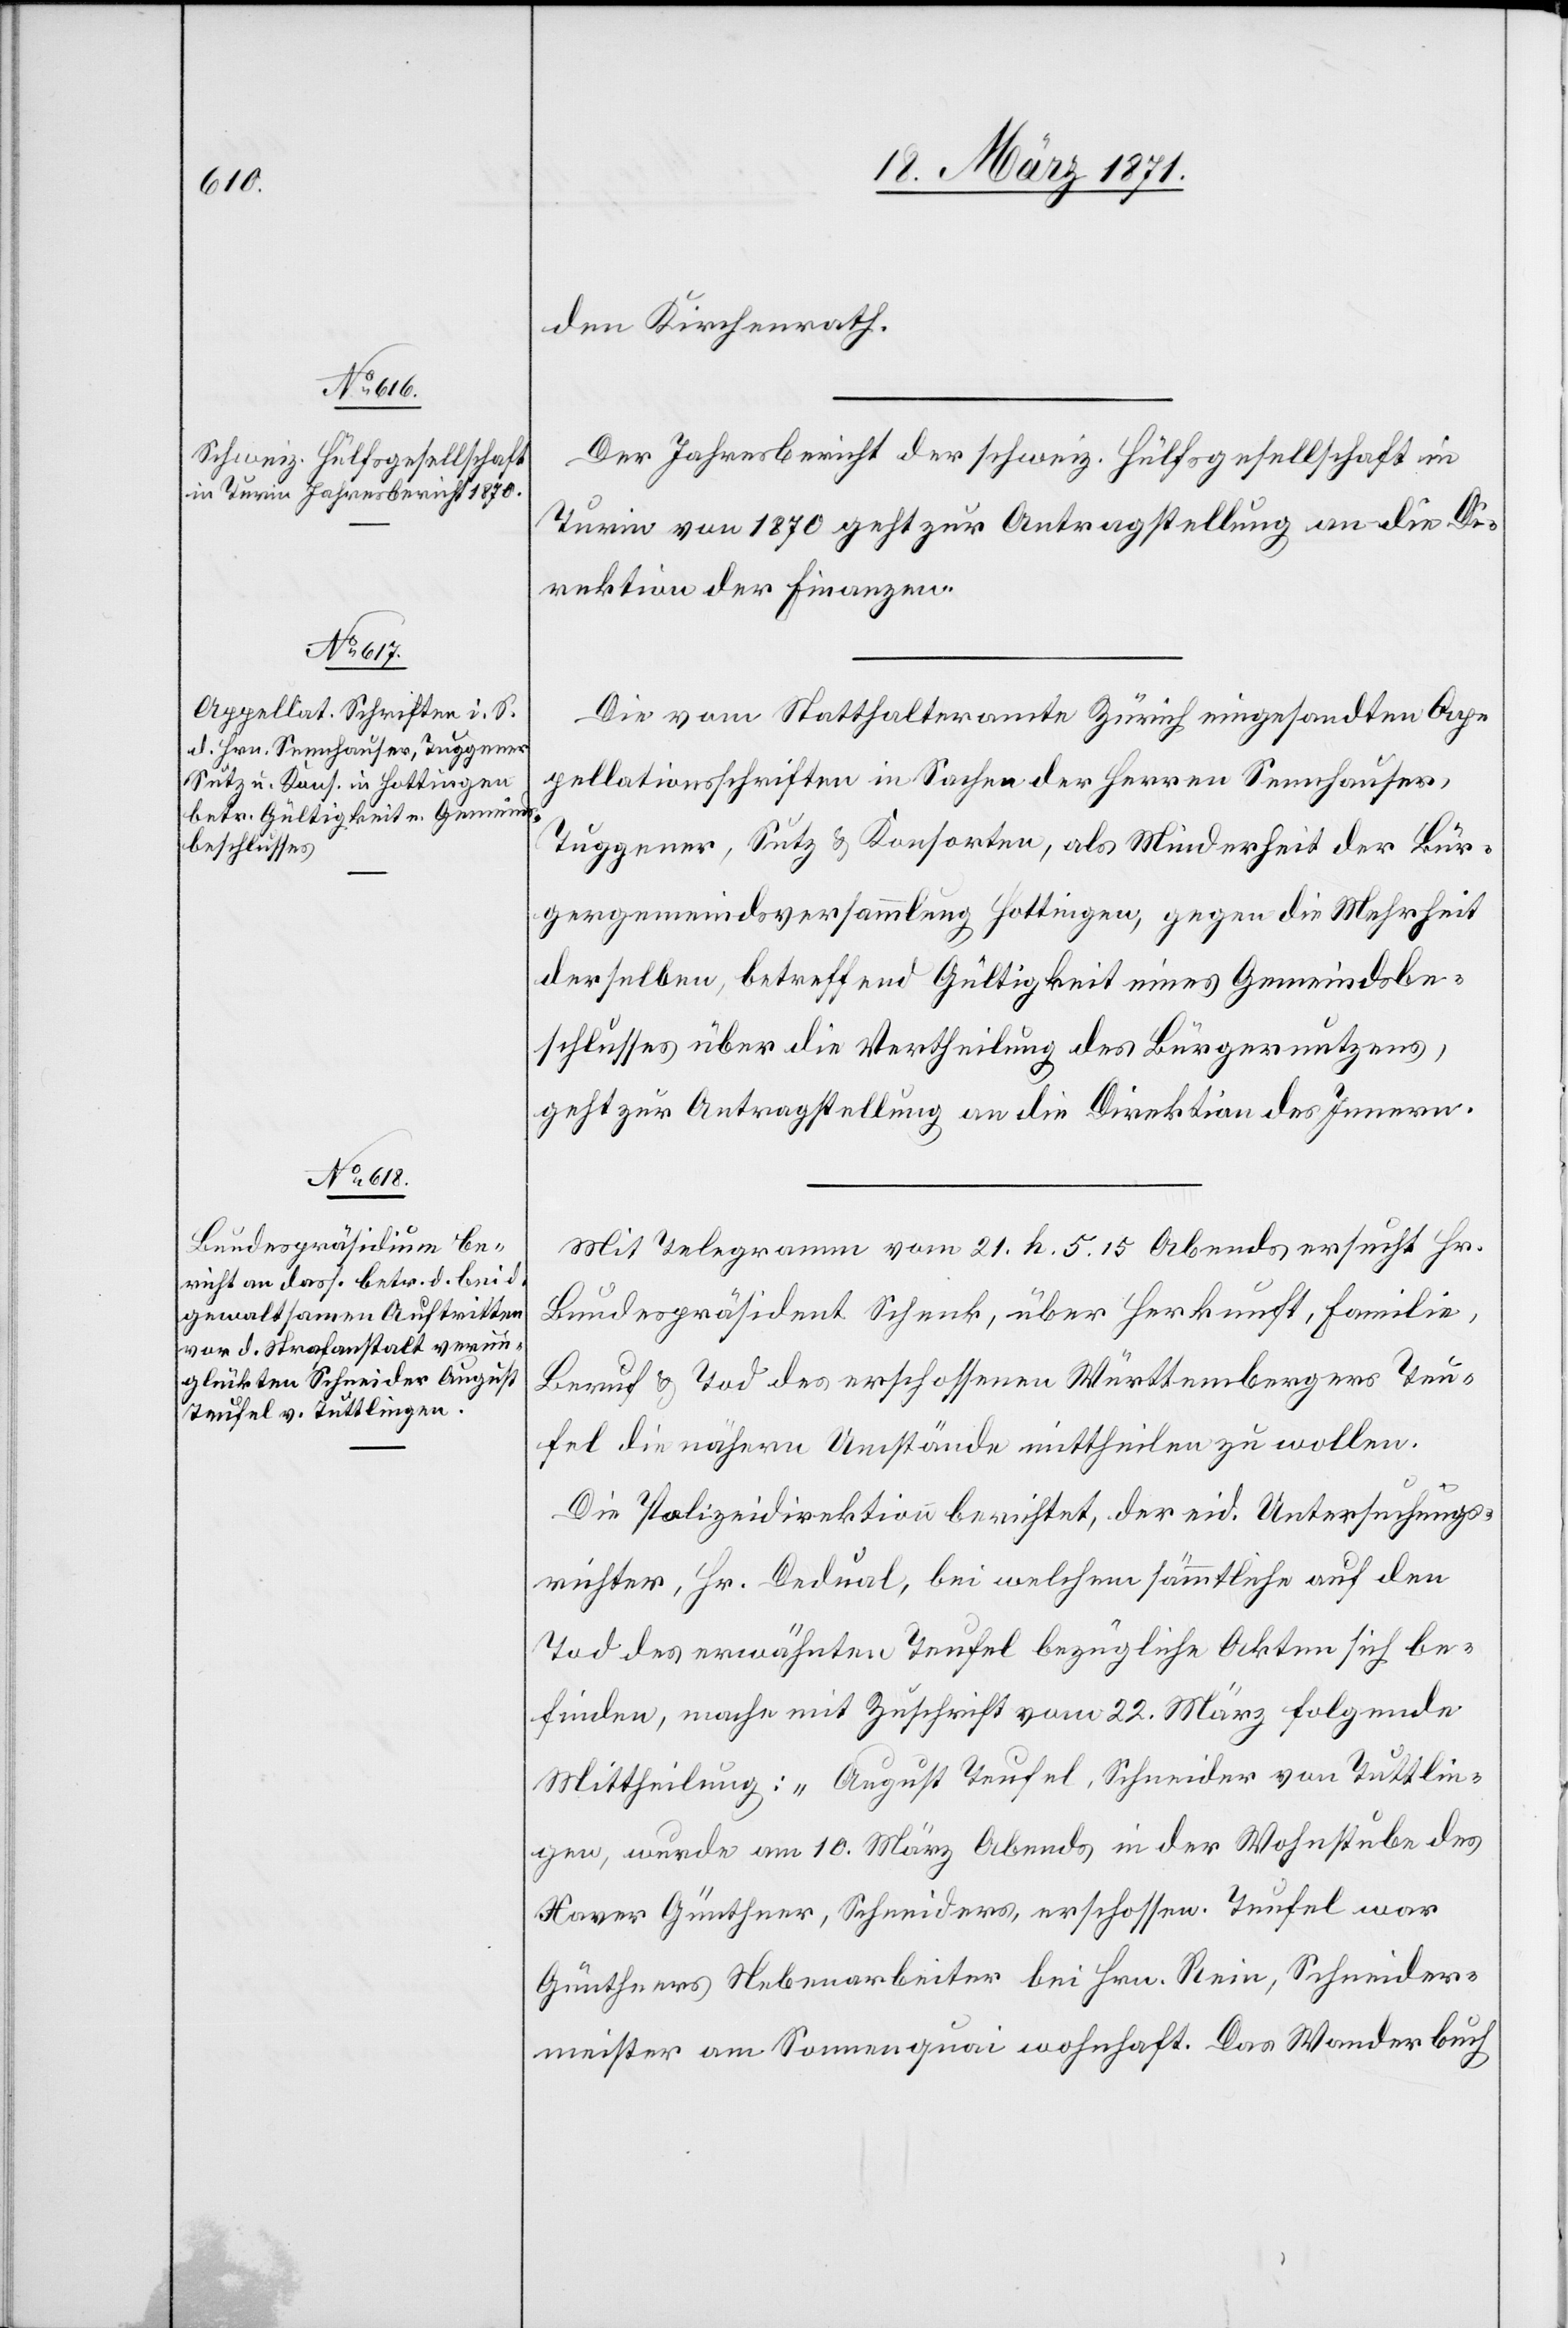
22. März 1871.]
den Kirchenrath.
Der Jahresbericht der schweiz. Hülfsgesellschaft in
Turin von 1870 geht zur Antragstellung an die Di¬
rektion der Finanzen.
Die vom Statthalteramte Zürich eingesandten Ap¬
pellationsschriften in Sachen der Herren Sennhauser,
Tuggener, Sutz u. Konsorten, als Minderheit der Bür¬
gergemeindsversammlung Hottingen, gegen die Mehrheit
derselben, betreffend Gültigkeit eines Gemeindsbe¬
schlusses über die Vertheilung des Bürgernutzens,
geht zur Antragstellung an die Direktion des Innern.
Mit Telegramm vom 21. h. 5.15 Abends ersucht Hr.
Bundespräsident Schenk, über Herkunft, Familie,
Beruf u. Tod des erschossenen Württemberger Teu¬
fel die nähern Umstände mittheilen zu wollen.
Die Polizeidirektion berichtet, der eid. Untersuchungs¬
richter, Hr. Dedual, bei welchem sämmtliche auf den
Tod des erwähnten Teufel bezügliche Akten sich be¬
finden, mache mit Zuschrift vom 22. März folgende
Mittheilung: „August Teufel, Schneider von Tuttlin¬
gen, wurde am 10. März Abends in der Wohnstube des
Xaver Günthner, Schneiders, erschossen. Teufel war
Günthners Nebenarbeiter bei Hrn. Rein, Schneider¬
meister am Sonnenquai wohnhaft. Das Wanderbuch